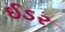
ઈડર